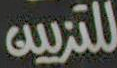
للتزيين